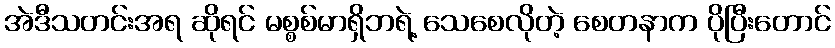
အဲဒီသတင်းအရ ဆိုရင် မစ္စစ်မာရှိဘရဲ့ သေစေလိုတဲ့ စေတနာက ပိုပြီးတောင်